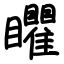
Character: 䂂